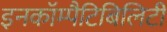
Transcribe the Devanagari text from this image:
इनकॉम्पैटिबिलिटी